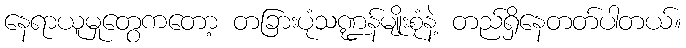
နေရာယူမှုတွေကတော့ တခြားပုံသဏ္ဍန်မျိုးစုံနဲ့ တည်ရှိနေတတ်ပါတယ်။